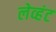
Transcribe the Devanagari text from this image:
लेव्हंट